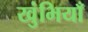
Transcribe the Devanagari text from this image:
खुंभियाँ